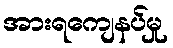
အားရကျေနပ်မှု